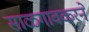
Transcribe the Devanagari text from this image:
साळगावकरने